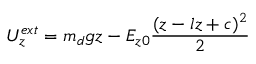
{ \cal { U } } _ { z } ^ { e x t } = { { m _ { d } } g z } - { { E _ { z 0 } } } { \frac { ( z - l z + c ) ^ { 2 } } { 2 } }